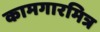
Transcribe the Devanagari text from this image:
कामगारमित्र